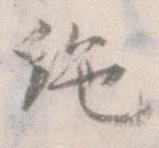
絶